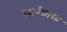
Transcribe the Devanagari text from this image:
दशर्नशास्त्र